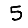
Digit: 5